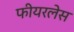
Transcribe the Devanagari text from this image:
फीयरलेस